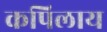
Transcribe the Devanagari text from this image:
कपिलाय